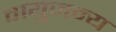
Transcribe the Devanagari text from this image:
वायुजन्य